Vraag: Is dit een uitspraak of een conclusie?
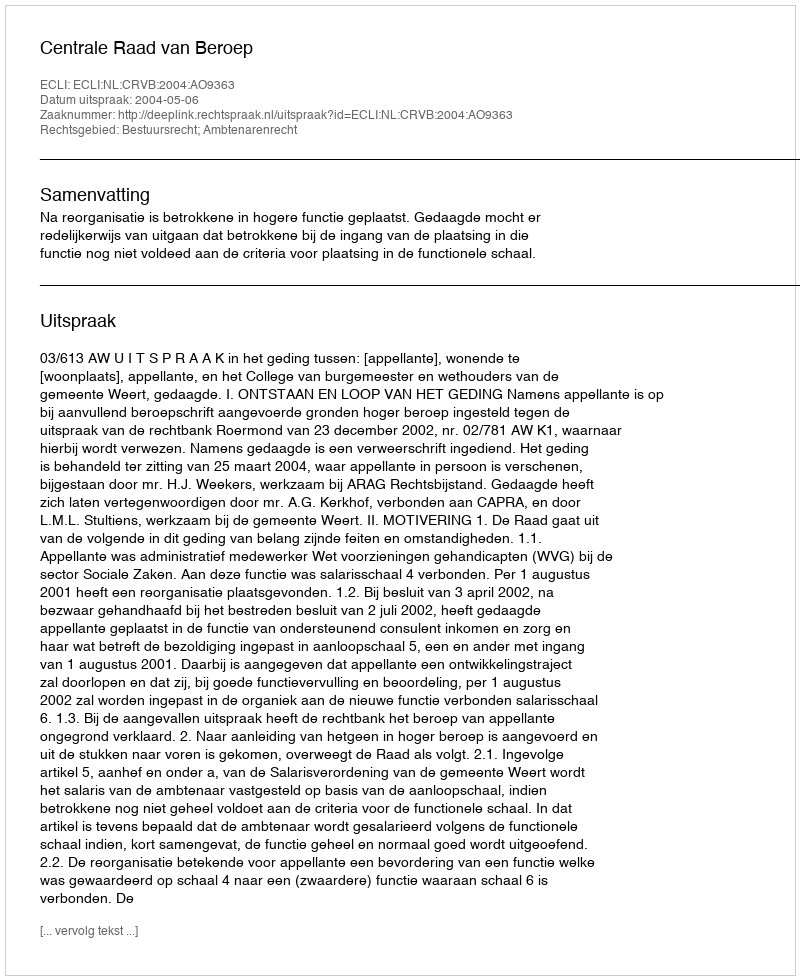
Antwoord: Uitspraak